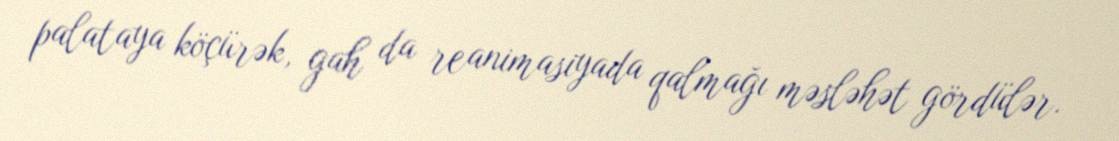
palataya köçürək, gah da reanimasiyada qalmağı məsləhət gördülər.